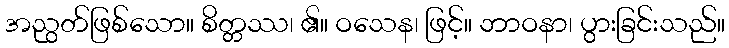
အညွတ်ဖြစ်သော။ စိတ္တဿ၊ ၏။ ဝသေန၊ ဖြင့်။ ဘာဝနာ၊ ပွားခြင်းသည်။